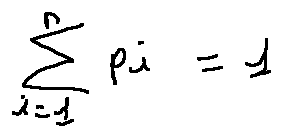
\sum \limits _ { i = 1 } ^ { n } p _ { i } = 1